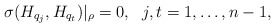
\begin{align*} \sigma(H_{q_j}, H_{q_t})|_\rho=0,\ \ j, t=1,\ldots,n-1,\end{align*}